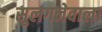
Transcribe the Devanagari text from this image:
सुलगनेवाला